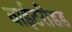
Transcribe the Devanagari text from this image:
वाईटरीडड